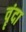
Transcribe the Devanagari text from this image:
वॄंदा